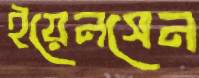
ইয়েনসেন